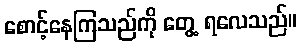
စောင့်နေကြသည်ကို တွေ့ ရလေသည်။